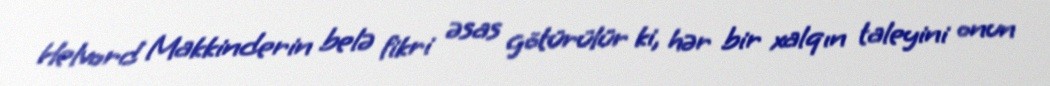
Helvord Makkinderin belə fikri əsas götürülür ki, hər bir xalqın taleyini onun